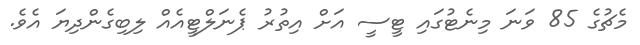
މެޗުގެ 85 ވަނަ މިނެޓުގައި ޓީސީ އަށް އިތުރު ޕެނަލްޓީއެއް ލިބިގެންދިޔަ އެވެ.